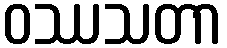
ဝဿသတာ